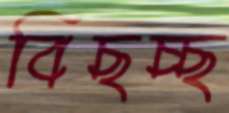
বিছচ্ছ